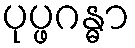
ပုပ္ဖဂန္ဓာ